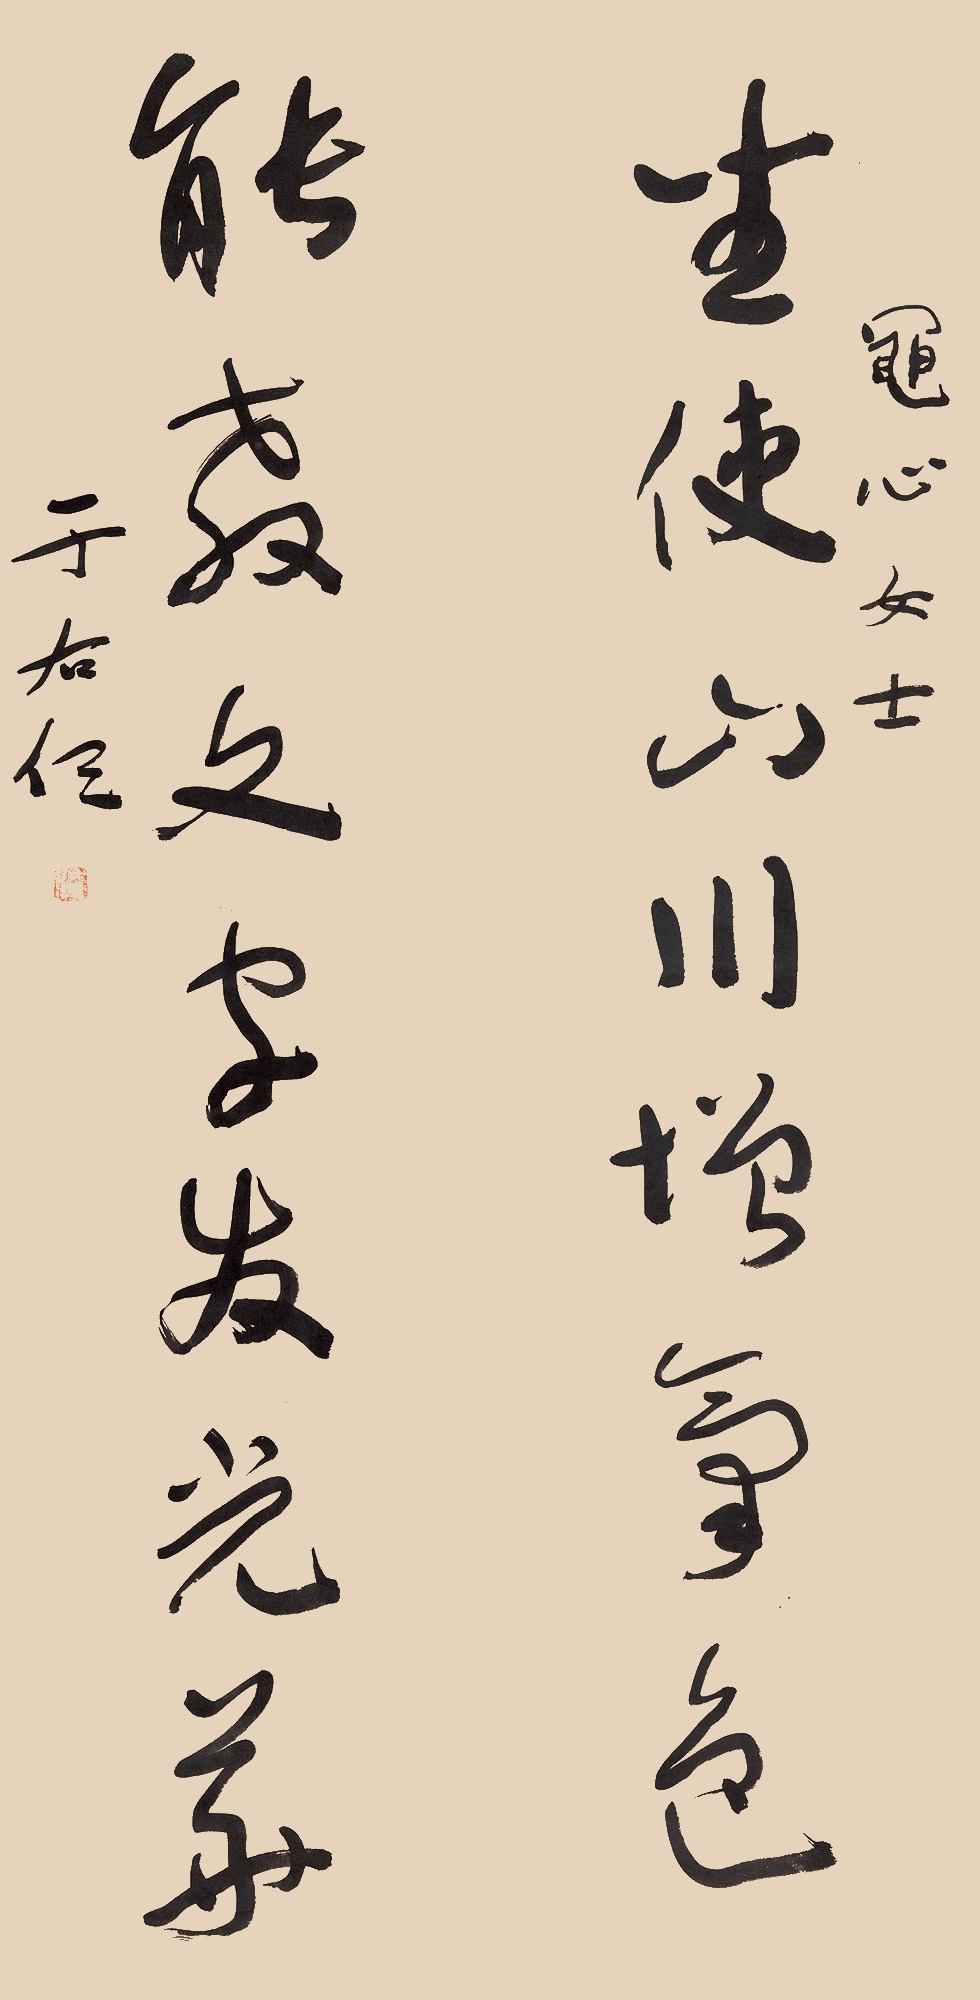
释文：坐使山川增气色，能教文字发光华。黾心女士。于右任。